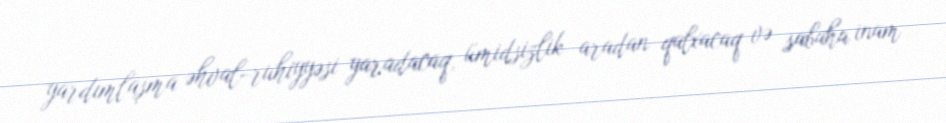
yardımlaşma əhval-ruhiyyəsi yaradacaq, ümidsizlik aradan qalxacaq və sabaha inam